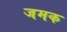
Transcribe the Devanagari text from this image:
जमक